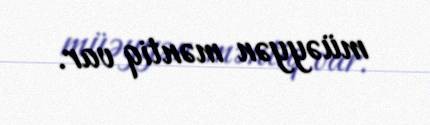
müəyyən məntiq var.